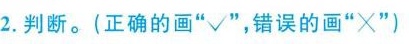
2.判断。(正确的画”√”，错误的画”×”)